Annual report on the mental hospital in the Central Provinces and Berar (Nagpur) - 1927-1951
Year: 1927
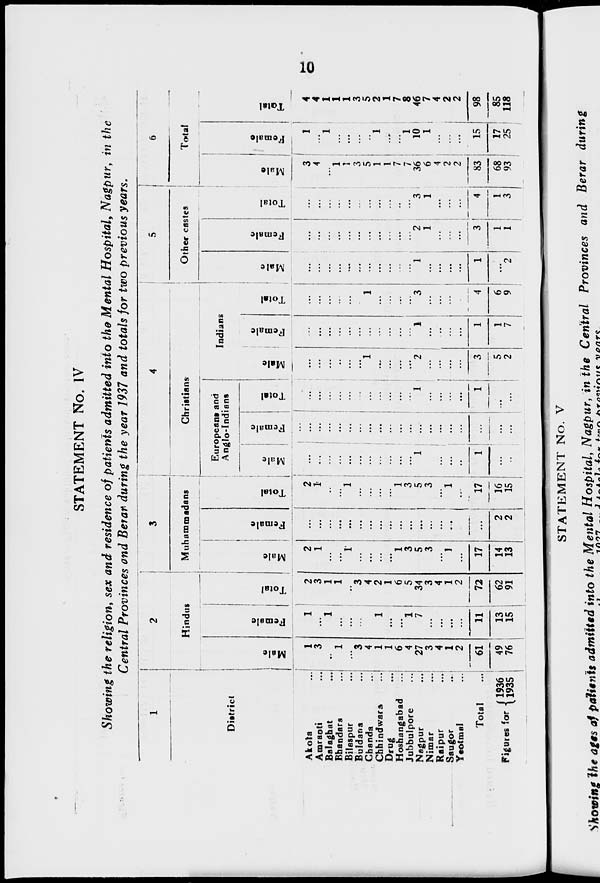
10
STATEMENT No. IV
Showing the religion, sex and residence of patients admitted into the Mental Hospital, Nagpur, in the
Central Provinces and Berar during the year 1937 and totals for two previous years.
1
District
Akola ...
Amraoti ...
Balaghat ...
Bhandara ...
Bilaspur ...
Buldana ...
Chanda ...
Chhindwara ...
Drug ...
Hoshangabad ...
Jubbulpore ...
Nagpur ...
Nimar ...
Raipur ...
Saugor ...
Yeotmal ...
Total ...
Figures for
1936
1935
2
Hindus
Male
1
3
...
1
...
3
4
1
1
6
4
27
3
4
1
2
61
49
76
Female
1
...
1
...
...
...
...
1
...
...
1
7
...
...
...
...
11
13
15
Total
2
3
1
1
...
3
4
2
1
6
5
34
3
4
1
2
72
62
91
3
Muhammadans
Male
2
1
...
...
1
...
...
...
...
1
3
5
3
...
1
...
17
14
13
Female
...
...
...
...
...
...
...
...
...
...
...
...
...
...
...
...
...
2
2
Total
2
1
...
...
1
...
...
...
...
1
3
5
3
...
1
...
17
16
15
4
Christians
Europeans and
Anglo-Indians
Male
...
...
...
...
...
...
...
...
...
...
...
1
...
...
...
...
1
...
...
Female
...
...
...
...
...
...
...
...
...
...
...
...
...
...
...
...
...
...
...
Total
...
...
...
...
...
...
...
...
...
...
...
1
...
...
...
...
1
...
...
Indians
Male
...
...
...
...
...
...
1
...
...
...
...
2
...
...
...
...
3
5
2
Female
...
...
...
...
...
...
...
...
...
...
...
1
...
...
...
...
1
1
7
Total
...
...
...
...
...
...
1
...
...
...
...
3
...
...
...
...
4
6
9
5
Other castes
Male
...
...
...
...
...
...
...
...
...
...
...
1
...
...
...
...
1
...
2
Female
...
...
...
...
...
...
...
...
...
...
...
2
1
...
...
...
3
1
1
Total
...
...
...
...
...
...
...
...
...
...
...
3
1
...
...
...
4
1
3
6
Total
Male
3
4
...
1
1
3
5
1
1
7
7
36
6
4
2
2
83
68
93
Female
1
...
1
...
...
...
...
1
...
...
1
10
1
...
...
...
15
17
25
Total
4
4
1
1
1
3
5
2
1
7
8
46
7
4
2
2
98
85
118